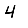
Digit: 4